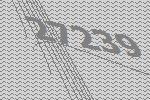
27239